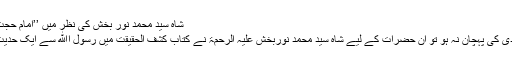
﻿ شاہ سید محمد نور بخش کی نظر میں ’’امام حجت‘‘ صوفیہ امامیہ نوربخشیہ
جس کسی کو امام محمد مہدیؑ کی پہچان نہ ہو تو ان حضرات کے لیے شاہ سید محمد نوربخش علیہ الرحمۃ نے کتاب کشف الحقیقت میں رسول اﷲ سے ایک حدیث نقل کی ہے مطالعہ کریں۔